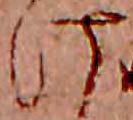
け